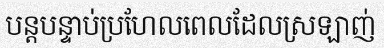
បន្តបន្ទាប់ប្រហែលពេលដែលស្រឡាញ់